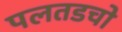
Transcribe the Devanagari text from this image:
पलतडचो